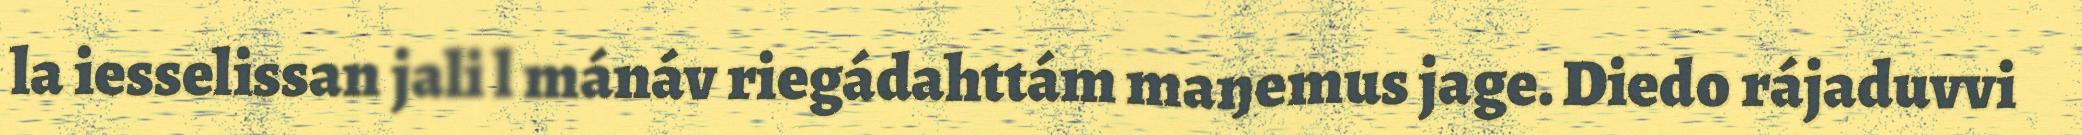
la iesselissan jali l mánáv riegádahttám maŋemus jage. Diedo rájaduvvi